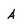
Character: A